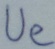
Text: Ue